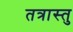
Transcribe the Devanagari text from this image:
तत्रास्तु